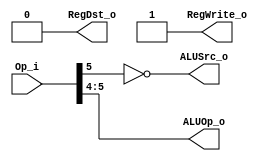
module Control (Op_i, RegDst_o, ALUOp_o, ALUSrc_o, RegWrite_o);

input [6:0]     Op_i;
output [1:0]    ALUOp_o;
output          RegDst_o, ALUSrc_o, RegWrite_o;

assign ALUOp_o    = Op_i[5:4];
assign RegDst_o   = 1'b0;
assign ALUSrc_o   = ~Op_i[5];
assign RegWrite_o = 1'b1; // always true

endmodule